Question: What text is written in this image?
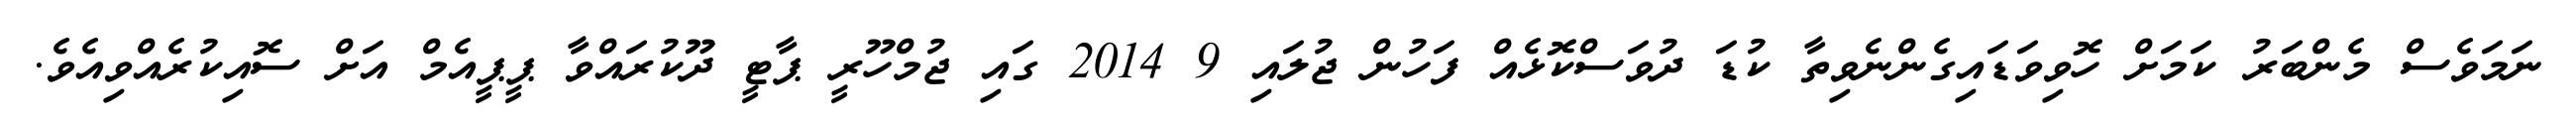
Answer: ނަމަވެސް މެންބަރު ކަމަށް ހޮވިވަޑައިގެންނެވިތާ ކުޑަ ދުވަސްކޮޅެއް ފަހުން ޖުލައި 9 2014 ގައި ޖުމްހޫރީ ޕާޓީ ދޫކުރައްވާ ޕީޕީއެމް އަށް ސޮއިކުރެއްވިއެވެ.